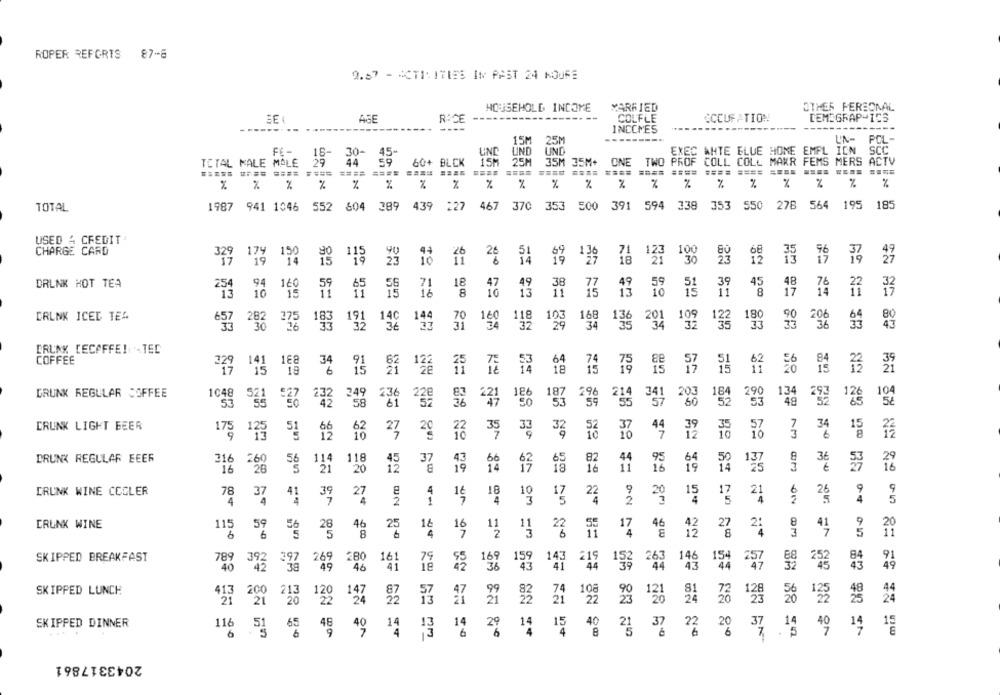
ROPER REFGRIS 87-8
9.57 - ACTIVITIES IN PAST 24 HOURS
HOUSEHOLD INCOME
MARRIED
OTHER PERSONAL
COLFLE
OCCUPATION
DEMIGRAPHICS
AGE
ROCE
INCCNES
15M
L'N-
PCL-
25M
FE- 18-
UND
LIND
UND
EXEC AHTE BLUE HOME EMPL ION
SCC
18- 30- 45-
TOTAL MALE MALE
60+ BLCK
15M
25M
35M 35M+
ONE
TWO
PROF COLL COLL MAKR FEMS MERS
ACTV
===== ==== ==== ==== ==== ====
==== ==== ==== ===. .... ....
%
%
%
%
%
%
%
%
%
%
%
%
%
%
% % %
% %
%
TOTAL
1987 941 1046 552 604 289 439 227
467
370 353 500 391 594
338
353 550
278
564 195
185
USED A CREDIT
CHARGE CARD
174
150
115
136
19
16
20
71 123
DRINK HOT TEA
94
160
45
48
18
38
13
39
'13 10
2
16
8
13
8
DRUNK ICED TEA
697 282 275 193 131
31
160
118
193
201
133
36
88 82 88
AZ N= SR
ERLAK CECAFFE! - TEC
COFFEE
12
64
74
62
8=
DRUNK REGULAR COFFEE
1048
249
186
187
134
104
236
22g
221
203
164
293
49
58
CRUNK LIGHT BEER
35
32
12
63
27
20
175 123 51
DRUNK REGULAR EEER
118
37
36
316 220
16
20
19
82
68 88 Nº 82
DRUNK WINE COOLER
18
10
78 37
41
39
27
4
3
2
21
4
w=
DRUNK WINE
115 59
6
46
20
12
22
17
41
5g 2g
SKIPPED BREAKFAST
392 397 269
280
219
146
40
49
46
36
44
192 263
43
SKIPPED LUNCH
200 213
108
121
122 124
23
125
SKIPPED DINNER
116
15
40
14
2%
14
37
== ==------
6
31 3040 3912 419 154 1212 44 824 226
B8 88 5
--= ====
2043317861